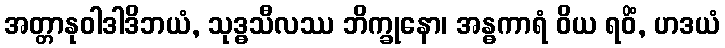
အတ္တာနုဝါဒါဒိဘယံ, သုဒ္ဓသီလဿ ဘိက္ခုနော၊ အန္ဓကာရံ ဝိယ ရဝိံ, ဟဒယံ